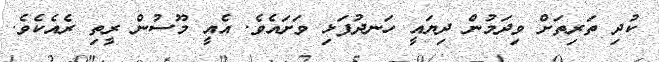
ކުދި ތަރިތަށް ވިދަމުން ދިޔައީ ހަނދުފަޅި ވަށައެވެ. އެއީ މޫސުން ރީތި ރެއެކެވެ.